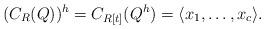
LaTeX: \begin{align*}(C_{R}(Q))^h = C_{R[t]}(Q^h) = \langle x_1,\ldots, x_c\rangle.\end{align*}